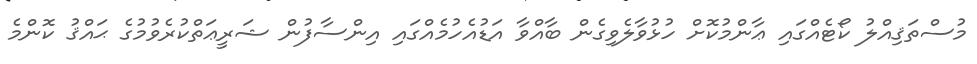
މުސްތަޤިއްލު ކޯޓެއްގައި ޢާންމުކޮށް ހުޅުވާލެވިގެން ބާއްވާ އަޑުއެހުމެއްގައި އިންސާފުން ޝަރީޢަތްކުރެވުމުގެ ޙައްޤު ކޮންމެ